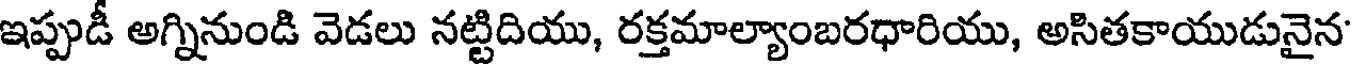
ఇప్పుడీ అగ్నినుండి వెడలు నట్టిదియు, రక్తమాల్యాంబరధారియు, అసితకాయుడునైన